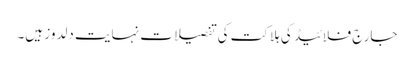
جارج فلائیڈ کی ہلاکت کی تفصیلات نہایت دلدوز ہیں۔